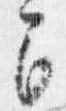
間